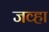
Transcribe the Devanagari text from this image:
जव्हा